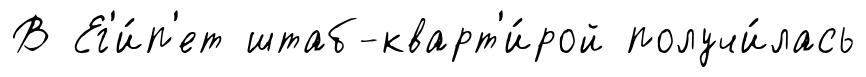
В Ег'и́п'ет штаб-кварт'и́рой получи́лась